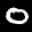
Label: 0